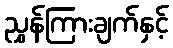
ညွှန်ကြားချက်နှင့်